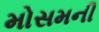
મોસમની